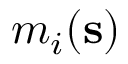
m _ { i } ( \mathbf { s } )